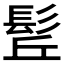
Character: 𩬡